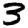
Digit: 3